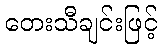
တေးသီချင်းဖြင့်